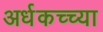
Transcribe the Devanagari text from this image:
अर्धकच्च्या